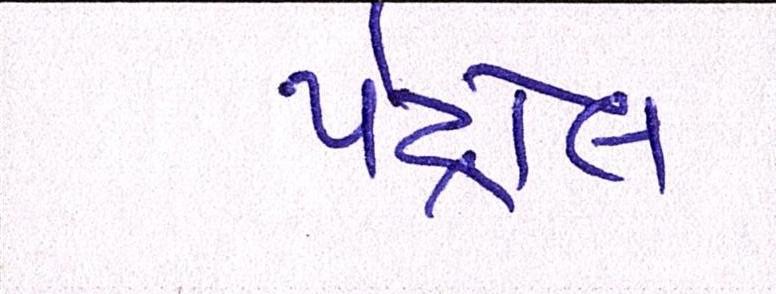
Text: પેટ્રોલ